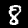
Label: 8